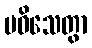
ပဝိသေတွာ